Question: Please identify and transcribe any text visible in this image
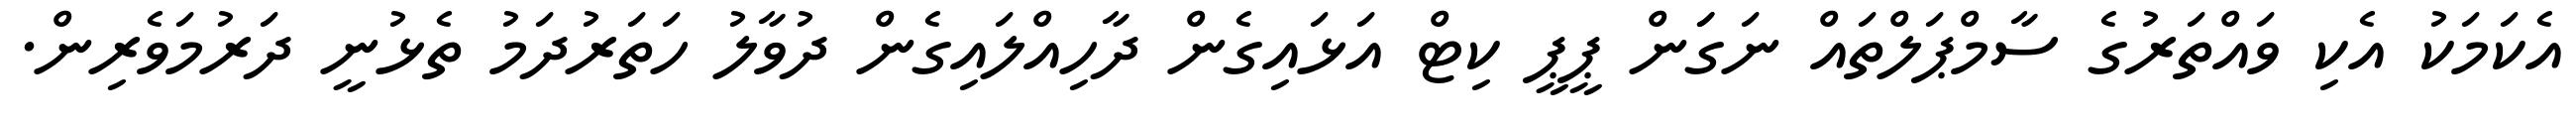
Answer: އެކަމަކު އެކި ވައްތަރުގެ ސާމްޕަލްތައް ނަގަަން ޕީޕީ ކިޓް އަޅައިގެން ދާހިއްލައިގެން ދުވާލު ހަތަރުދަމު ތެޅުނީ ދަރުމަވެރިން.